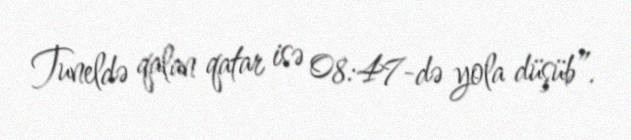
Tuneldə qalan qatar isə 08:47-də yola düşüb”.